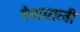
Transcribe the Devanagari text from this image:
पेशातली